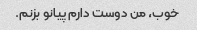
خوب، من دوست دارم پیانو بزنم.